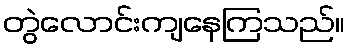
တွဲလောင်းကျနေကြသည်။